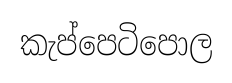
කැප්පෙටිපොල